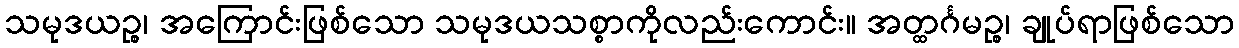
သမုဒယဉ္စ၊ အကြောင်းဖြစ်သော သမုဒယသစ္စာကိုလည်းကောင်း။ အတ္ထင်္ဂမဉ္စ၊ ချုပ်ရာဖြစ်သော